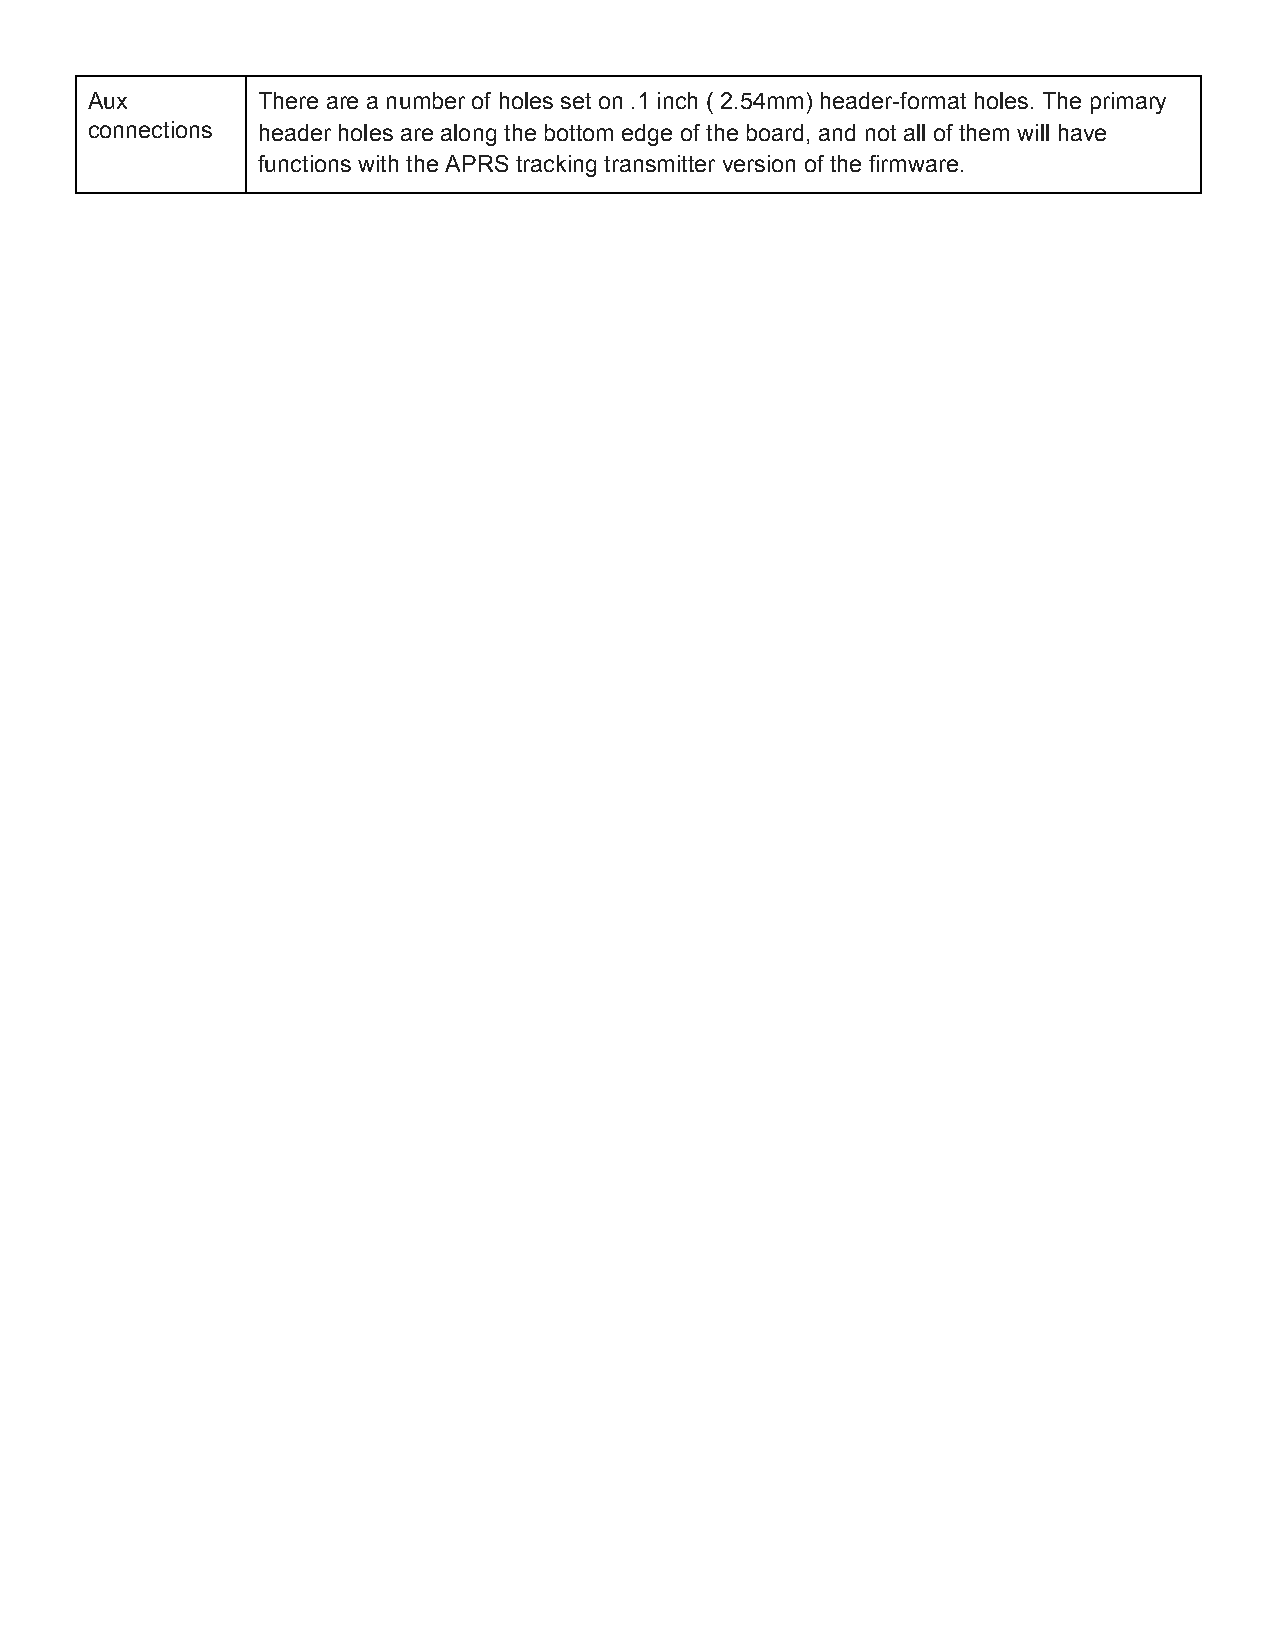
Aux        There are a number of holes set on .1 inch ( 2.54mm) header­format holes. The primary
 connections header holes are along the bottom edge of the board, and not all of them will have
 functions with the APRS tracking transmitter version of the firmware.